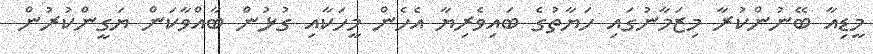
މީޑިއާ ބޭނުންކުރާ މިޒަމާނުގައި ހަޔާތުގެ ބައިވެރިޔާ އެހެން މީހަކާއި ގުޅުން ބާއްވާކަން ޔަގީންކުރުން